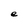
Character: e